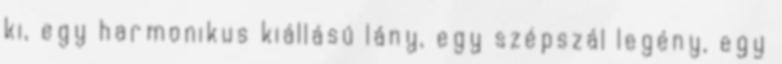
ki, egy harmonikus kiállású lány, egy szépszál legény, egy